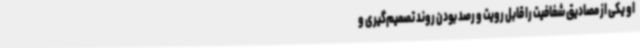
او یکی از مصادیق شفافیت را قابل رویت و رصد بودن روند تصمیم‌گیری و